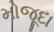
મોજૂદા